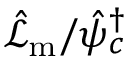
\hat { \mathcal { L } } _ { \mathrm { m } } / \hat { \psi } _ { c } ^ { \dagger }